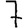
Digit: 7